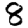
Digit: 8